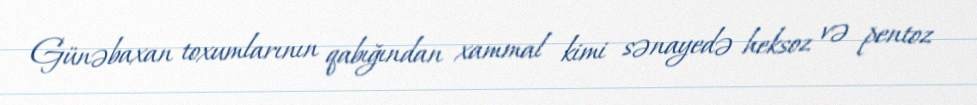
Günəbaxan toxumlarının qabığından xammal kimi sənayedə heksoz və pentoz